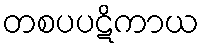
တစပပဋိကာယ